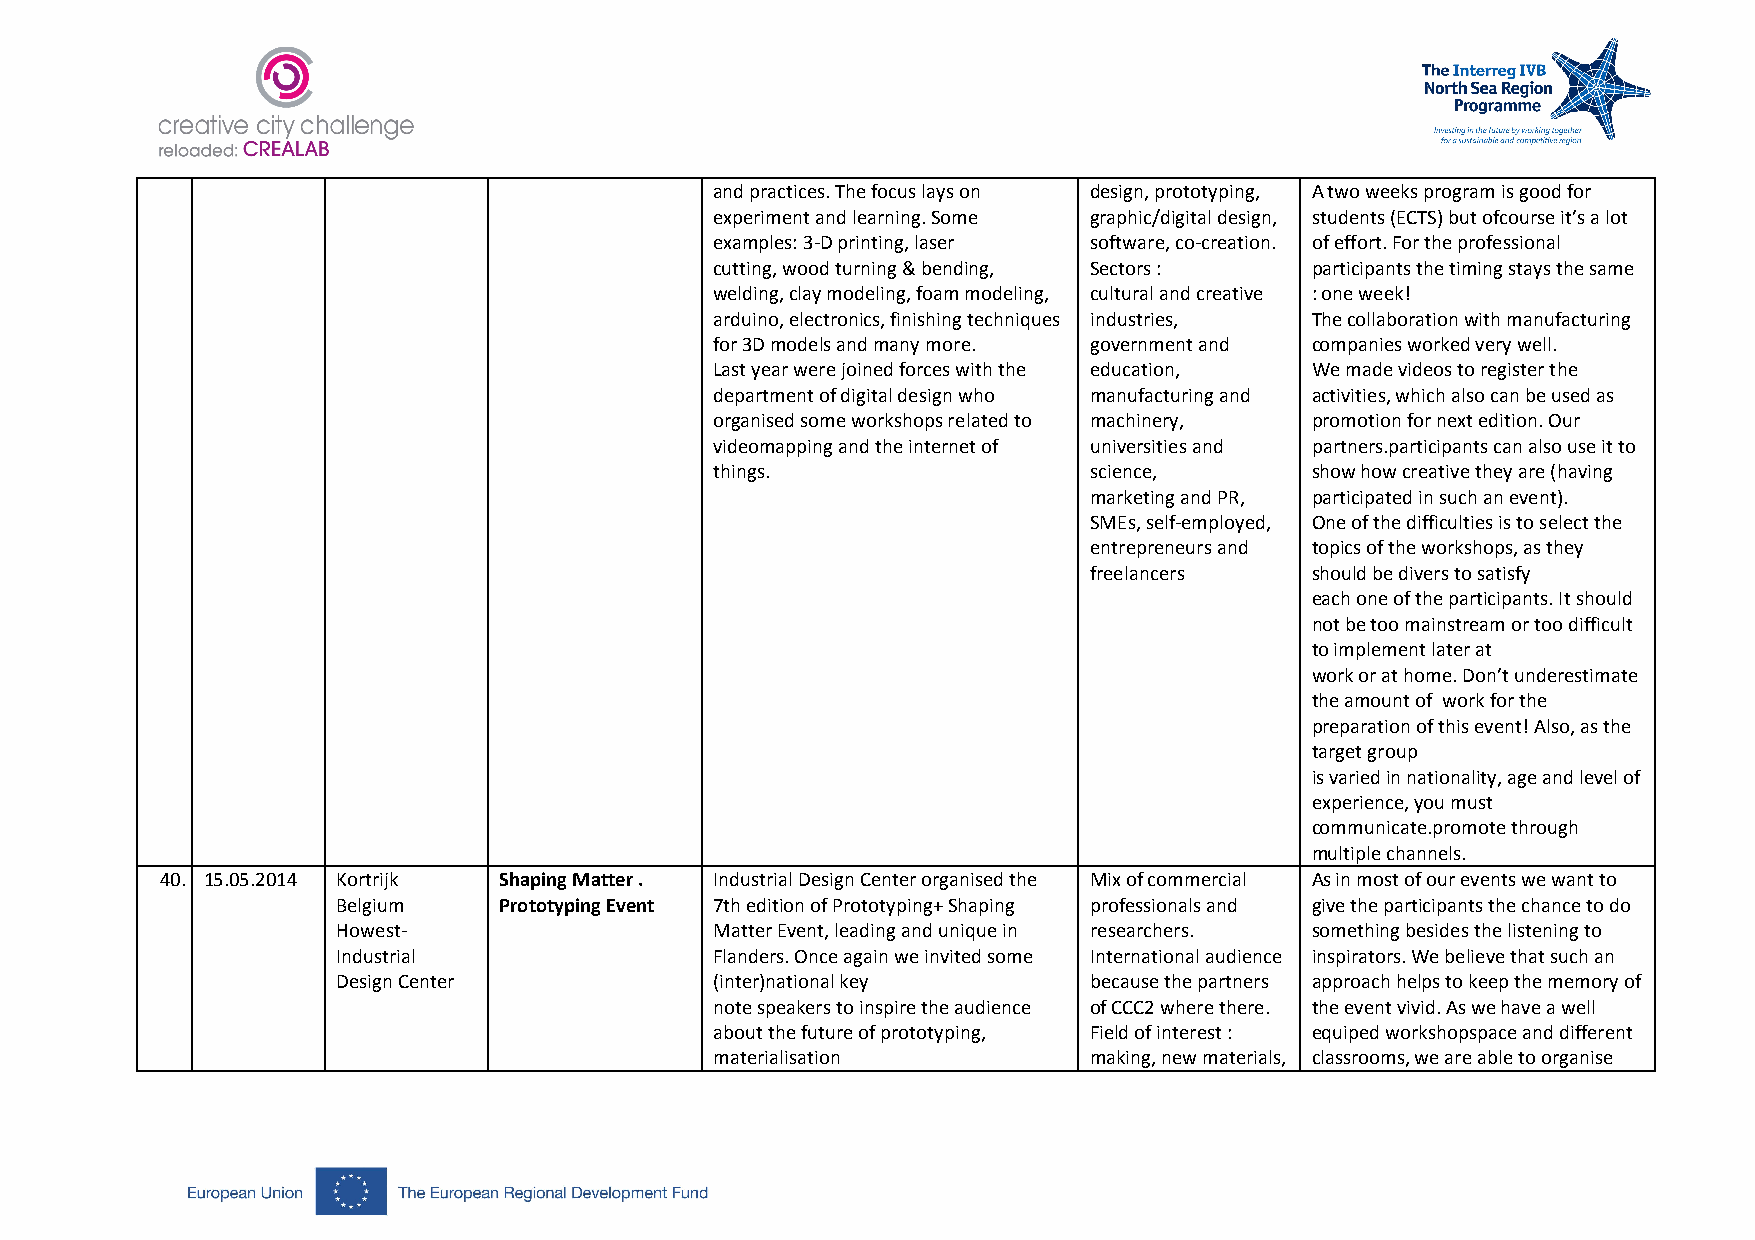
and practices. The focus lays on design, prototyping, A two weeks program is good for
 experiment and learning. Some graphic/digital design, students (ECTS) but ofcourse it’s a lot
 examples: 3-D printing, laser software, co-creation. of effort. For the professional
 cutting, wood turning & bending, Sectors : participants the timing stays the same
 welding, clay modeling, foam modeling, cultural and creative : one week!
 arduino, electronics, finishing techniques industries, The collaboration with manufacturing
 for 3D models and many more. government and companies worked very well.
 Last year were joined forces with the education, We made videos to register the
 department of digital design who manufacturing and activities, which also can be used as
 organised some workshops related to machinery, promotion for next edition. Our
 videomapping and the internet of universities and partners.participants can also use it to
 things.                  science,       show how creative they are (having
 marketing and PR, participated in such an event).
 SMEs, self-employed, One of the difficulties is to select the
 entrepreneurs and topics of the workshops, as they
 freelancers    should be divers to satisfy
 each one of the participants. It should
 not be too mainstream or too difficult
 to implement later at
 work or at home. Don’t underestimate
 the amount of work for the
 preparation of this event! Also, as the
 target group
 is varied in nationality, age and level of
 experience, you must
 communicate.promote through
 multiple channels.
 40. 15.05.2014 Kortrijk Shaping Matter . Industrial Design Center organised the Mix of commercial As in most of our events we want to
 Belgium    Prototyping Event 7th edition of Prototyping+ Shaping professionals and give the participants the chance to do
 Howest-                  Matter Event, leading and unique in researchers. something besides the listening to
 Industrial               Flanders. Once again we invited some International audience inspirators. We believe that such an
 Design Center            (inter)national key      because the partners approach helps to keep the memory of
 note speakers to inspire the audience of CCC2 where there. the event vivid. As we have a well
 about the future of prototyping, Field of interest : equiped workshopspace and different
 materialisation          making, new materials, classrooms, we are able to organise